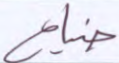
ضياع